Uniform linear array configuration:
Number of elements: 24
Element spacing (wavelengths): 1
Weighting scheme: uniform
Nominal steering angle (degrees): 60
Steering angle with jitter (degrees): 61.035
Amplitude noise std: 0.05
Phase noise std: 0.05

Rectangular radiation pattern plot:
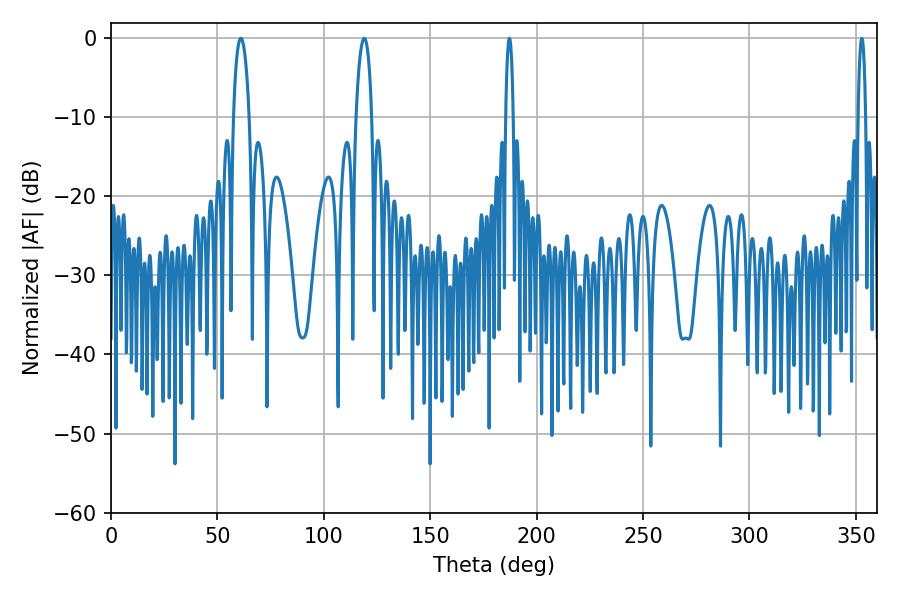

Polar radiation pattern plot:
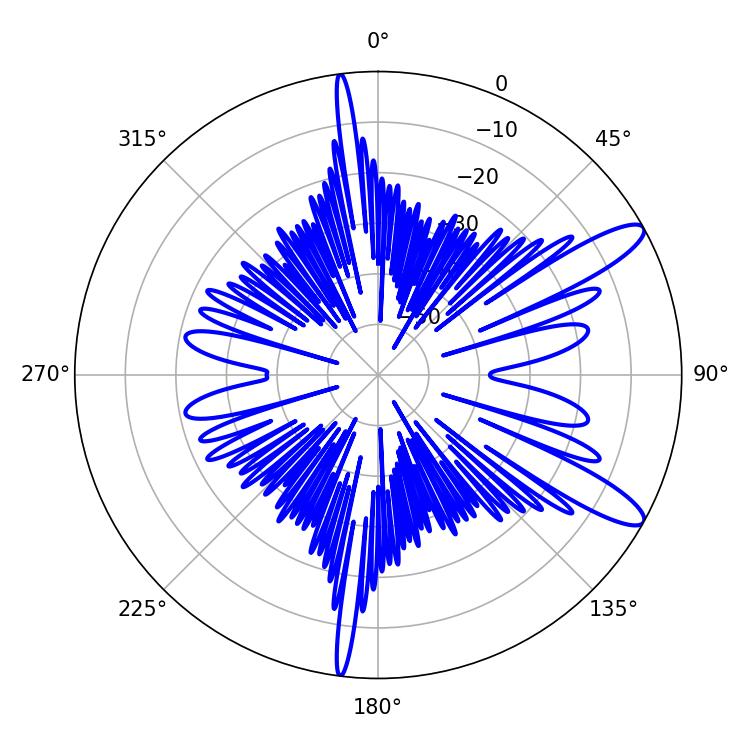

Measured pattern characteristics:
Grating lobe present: TRUE
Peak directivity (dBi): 11.665
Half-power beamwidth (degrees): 1.8
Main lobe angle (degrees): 187.2